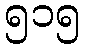
၅၁၅